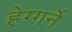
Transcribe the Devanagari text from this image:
हेग्गर्ने